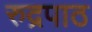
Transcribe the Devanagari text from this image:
रुद्रपाठ